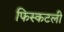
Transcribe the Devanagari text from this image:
फिस्कटली